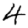
Digit: 4